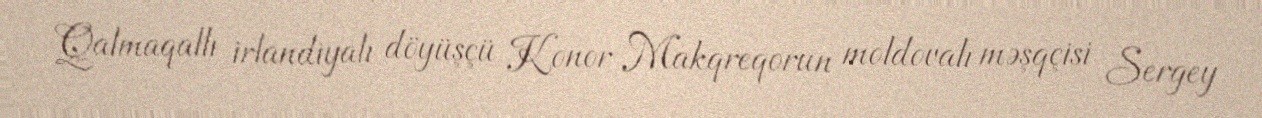
Qalmaqallı irlandiyalı döyüşçü Konor Makqreqorun moldovalı məşqçisi Sergey